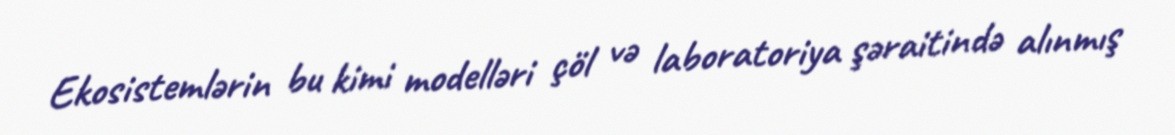
Ekosistemlərin bu kimi modelləri çöl və laboratoriya şəraitində alınmış